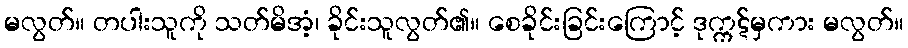
မလွတ်။ တပါးသူကို သတ်မိအံ့၊ ခိုင်းသူလွတ်၏။ စေခိုင်းခြင်းကြောင့် ဒုက္ကဋ်မှကား မလွတ်။